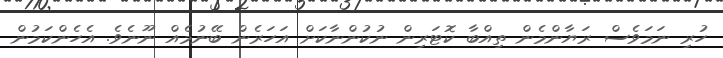
ހުރި ނަމަވެސް ރަޔާންމެން ތިއްބާ ކޮޓަރިން ނުކުންނާކަށް އަހަރެން ބޭނުމެއް ނޫނެވެ. އެހެންކަމުން